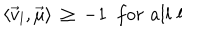
\langle { \vec { v } } _ { l } , { \vec { \mu } } \rangle \, \geq \, - 1 \, \, \, f o r \, \, a l l \, \, l